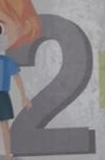
2